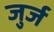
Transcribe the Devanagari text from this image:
जुर्ज